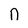
Character: n